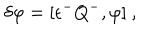
\delta \varphi = [ \epsilon ^ { - } Q ^ { - } , \varphi ] ~ ,